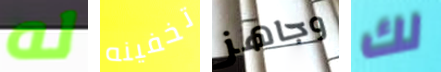
له تخفينه وجاهز لك